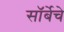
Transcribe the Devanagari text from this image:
सॉर्बेचे